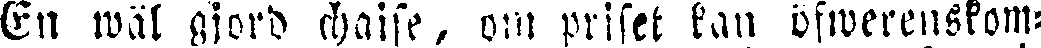
En wäl gjord chaise, om priset kan öfwerenskom-